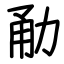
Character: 勈